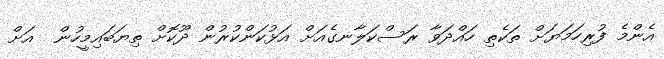
އެންމެ ފުރިހަމަޔަށް ތަކެތި ހައްދަވާ ރަސްކަލާނގެއަށް އަޅުކަންކުރުން ދޫކޮށް ތިޔަބައިމީހުން  އަށް